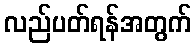
လည်ပတ်ရန်အတွက်